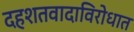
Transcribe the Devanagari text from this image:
दहशतवादाविरोधात